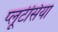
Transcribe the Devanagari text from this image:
प्लूटेसिया